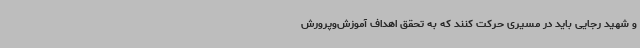
و شهید رجایی باید در مسیری حرکت کنند که به تحقق اهداف آموزش‌وپرورش